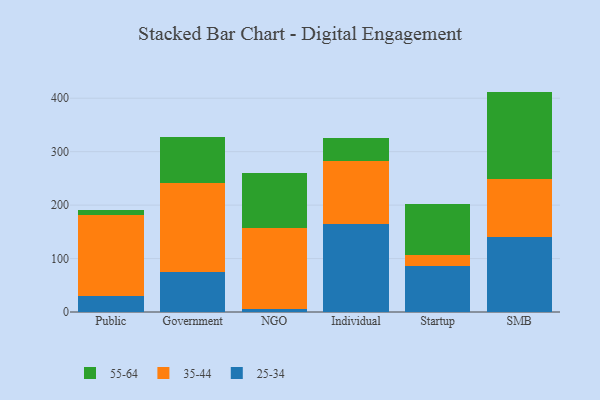
{"axis": {"x": "Segment", "y": "Conversion Rate (%)"}, "legend": ["25-34", "35-44", "55-64"], "data": [{"x": "Public", "y": 29.3, "type": "25-34"}, {"x": "Public", "y": 152.4, "type": "35-44"}, {"x": "Public", "y": 9.0, "type": "55-64"}, {"x": "Government", "y": 74.7, "type": "25-34"}, {"x": "Government", "y": 166.0, "type": "35-44"}, {"x": "Government", "y": 86.6, "type": "55-64"}, {"x": "NGO", "y": 6.4, "type": "25-34"}, {"x": "NGO", "y": 150.2, "type": "35-44"}, {"x": "NGO", "y": 103.8, "type": "55-64"}, {"x": "Individual", "y": 165.3, "type": "25-34"}, {"x": "Individual", "y": 116.4, "type": "35-44"}, {"x": "Individual", "y": 43.3, "type": "55-64"}, {"x": "Startup", "y": 85.6, "type": "25-34"}, {"x": "Startup", "y": 21.4, "type": "35-44"}, {"x": "Startup", "y": 94.8, "type": "55-64"}, {"x": "SMB", "y": 140.6, "type": "25-34"}, {"x": "SMB", "y": 107.8, "type": "35-44"}, {"x": "SMB", "y": 164.0, "type": "55-64"}]}